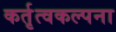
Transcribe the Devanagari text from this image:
कर्तृत्वकल्पना